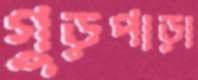
গুড়পাড়া